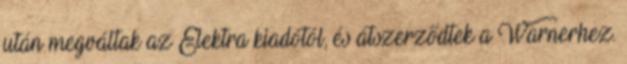
után megváltak az Elektra kiadótól, és átszerződtek a Warnerhez.